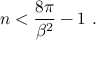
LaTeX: n < { \frac { 8 \pi } { \beta ^ { 2 } } } - 1 \, \, .